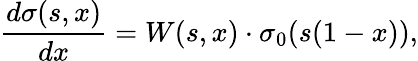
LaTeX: {\frac{d\sigma(s,x)}{dx}=W(s,x)\cdot\sigma_{0}(s(1-x)),}